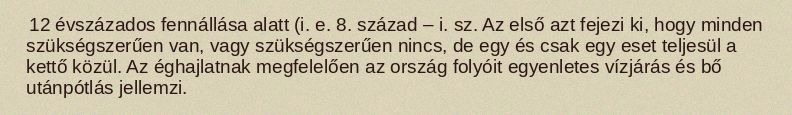
12 évszázados fennállása alatt (i. e. 8. század – i. sz. Az első azt fejezi ki, hogy minden szükségszerűen van, vagy szükségszerűen nincs, de egy és csak egy eset teljesül a kettő közül. Az éghajlatnak megfelelően az ország folyóit egyenletes vízjárás és bő utánpótlás jellemzi.